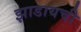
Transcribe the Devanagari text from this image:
झाडायची